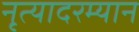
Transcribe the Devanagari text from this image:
नृत्यादरम्यान